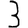
Digit: 3